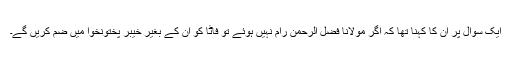
ایک سوال پر ان کا کہنا تھا کہ اگر مولانا فضل الرحمٰن رام نہیں ہوئے تو فاٹا کو ان کے بغیر خیبر پختونخوا میں ضم کریں گے۔